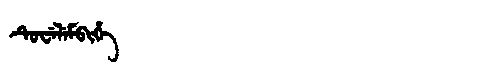
Manchu: ᡨᡠᠸᡝᠯᡝᠮᠪᡳᡥᡝ
Romanization: TUWELEMBIHE